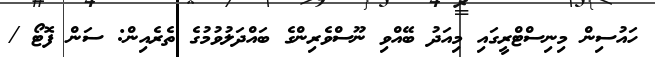
ހައުސިން މިނިސްޓްރީގައި މިއަދު ބޭއްވި ނޫސްވެރިންގެ ބައްދަލުވުމުގެ ތެރެއިން: ސަން ފޮޓޯ /